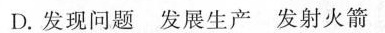
D.发现问题发展生产发射火箭